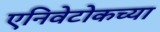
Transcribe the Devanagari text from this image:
एनिवेटोकच्या